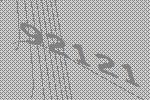
92121